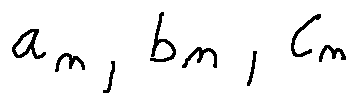
a _ { n } , b _ { n } , c _ { n }